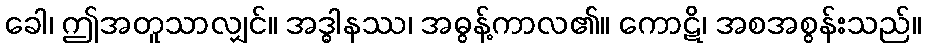
ခေါ၊ ဤအတူသာလျှင်။ အဒ္ဓါနဿ၊ အဓွန့်ကာလ၏။ ကောဋိ၊ အစအစွန်းသည်။